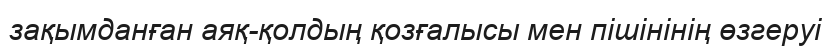
зақымданған аяқ-қолдың қозғалысы мен пішінінің өзгеруі